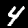
Label: 4